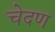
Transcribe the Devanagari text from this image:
चेदण